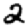
Digit: 2